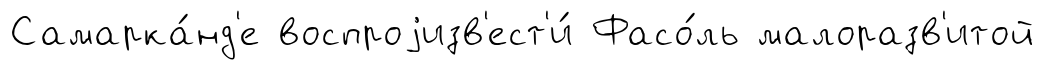
Самарка́нд'е воспроjизв'ест'и́ Фасо́ль малоразв'итой